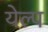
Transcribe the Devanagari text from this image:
येल्प